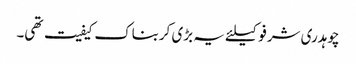
چوہدری شرفو کیلئے یہ بڑی کربناک کیفیت تھی۔